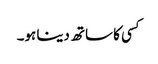
کسی کا ساتھ دینا ہو۔